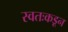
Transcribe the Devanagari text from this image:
स्वतःकडून